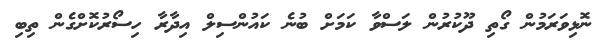
ނޮޅިވަރަމުން ގޯތި ދޫކުރުން ލަސްވާ ކަމަށް ބުނެ ކައުންސިލް އިދާރާ ހިސޯރުކޮށްގެން ތިބި